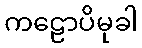
ကဠောပိမုခါ